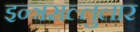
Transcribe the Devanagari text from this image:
इन्त्रसल्लुलार